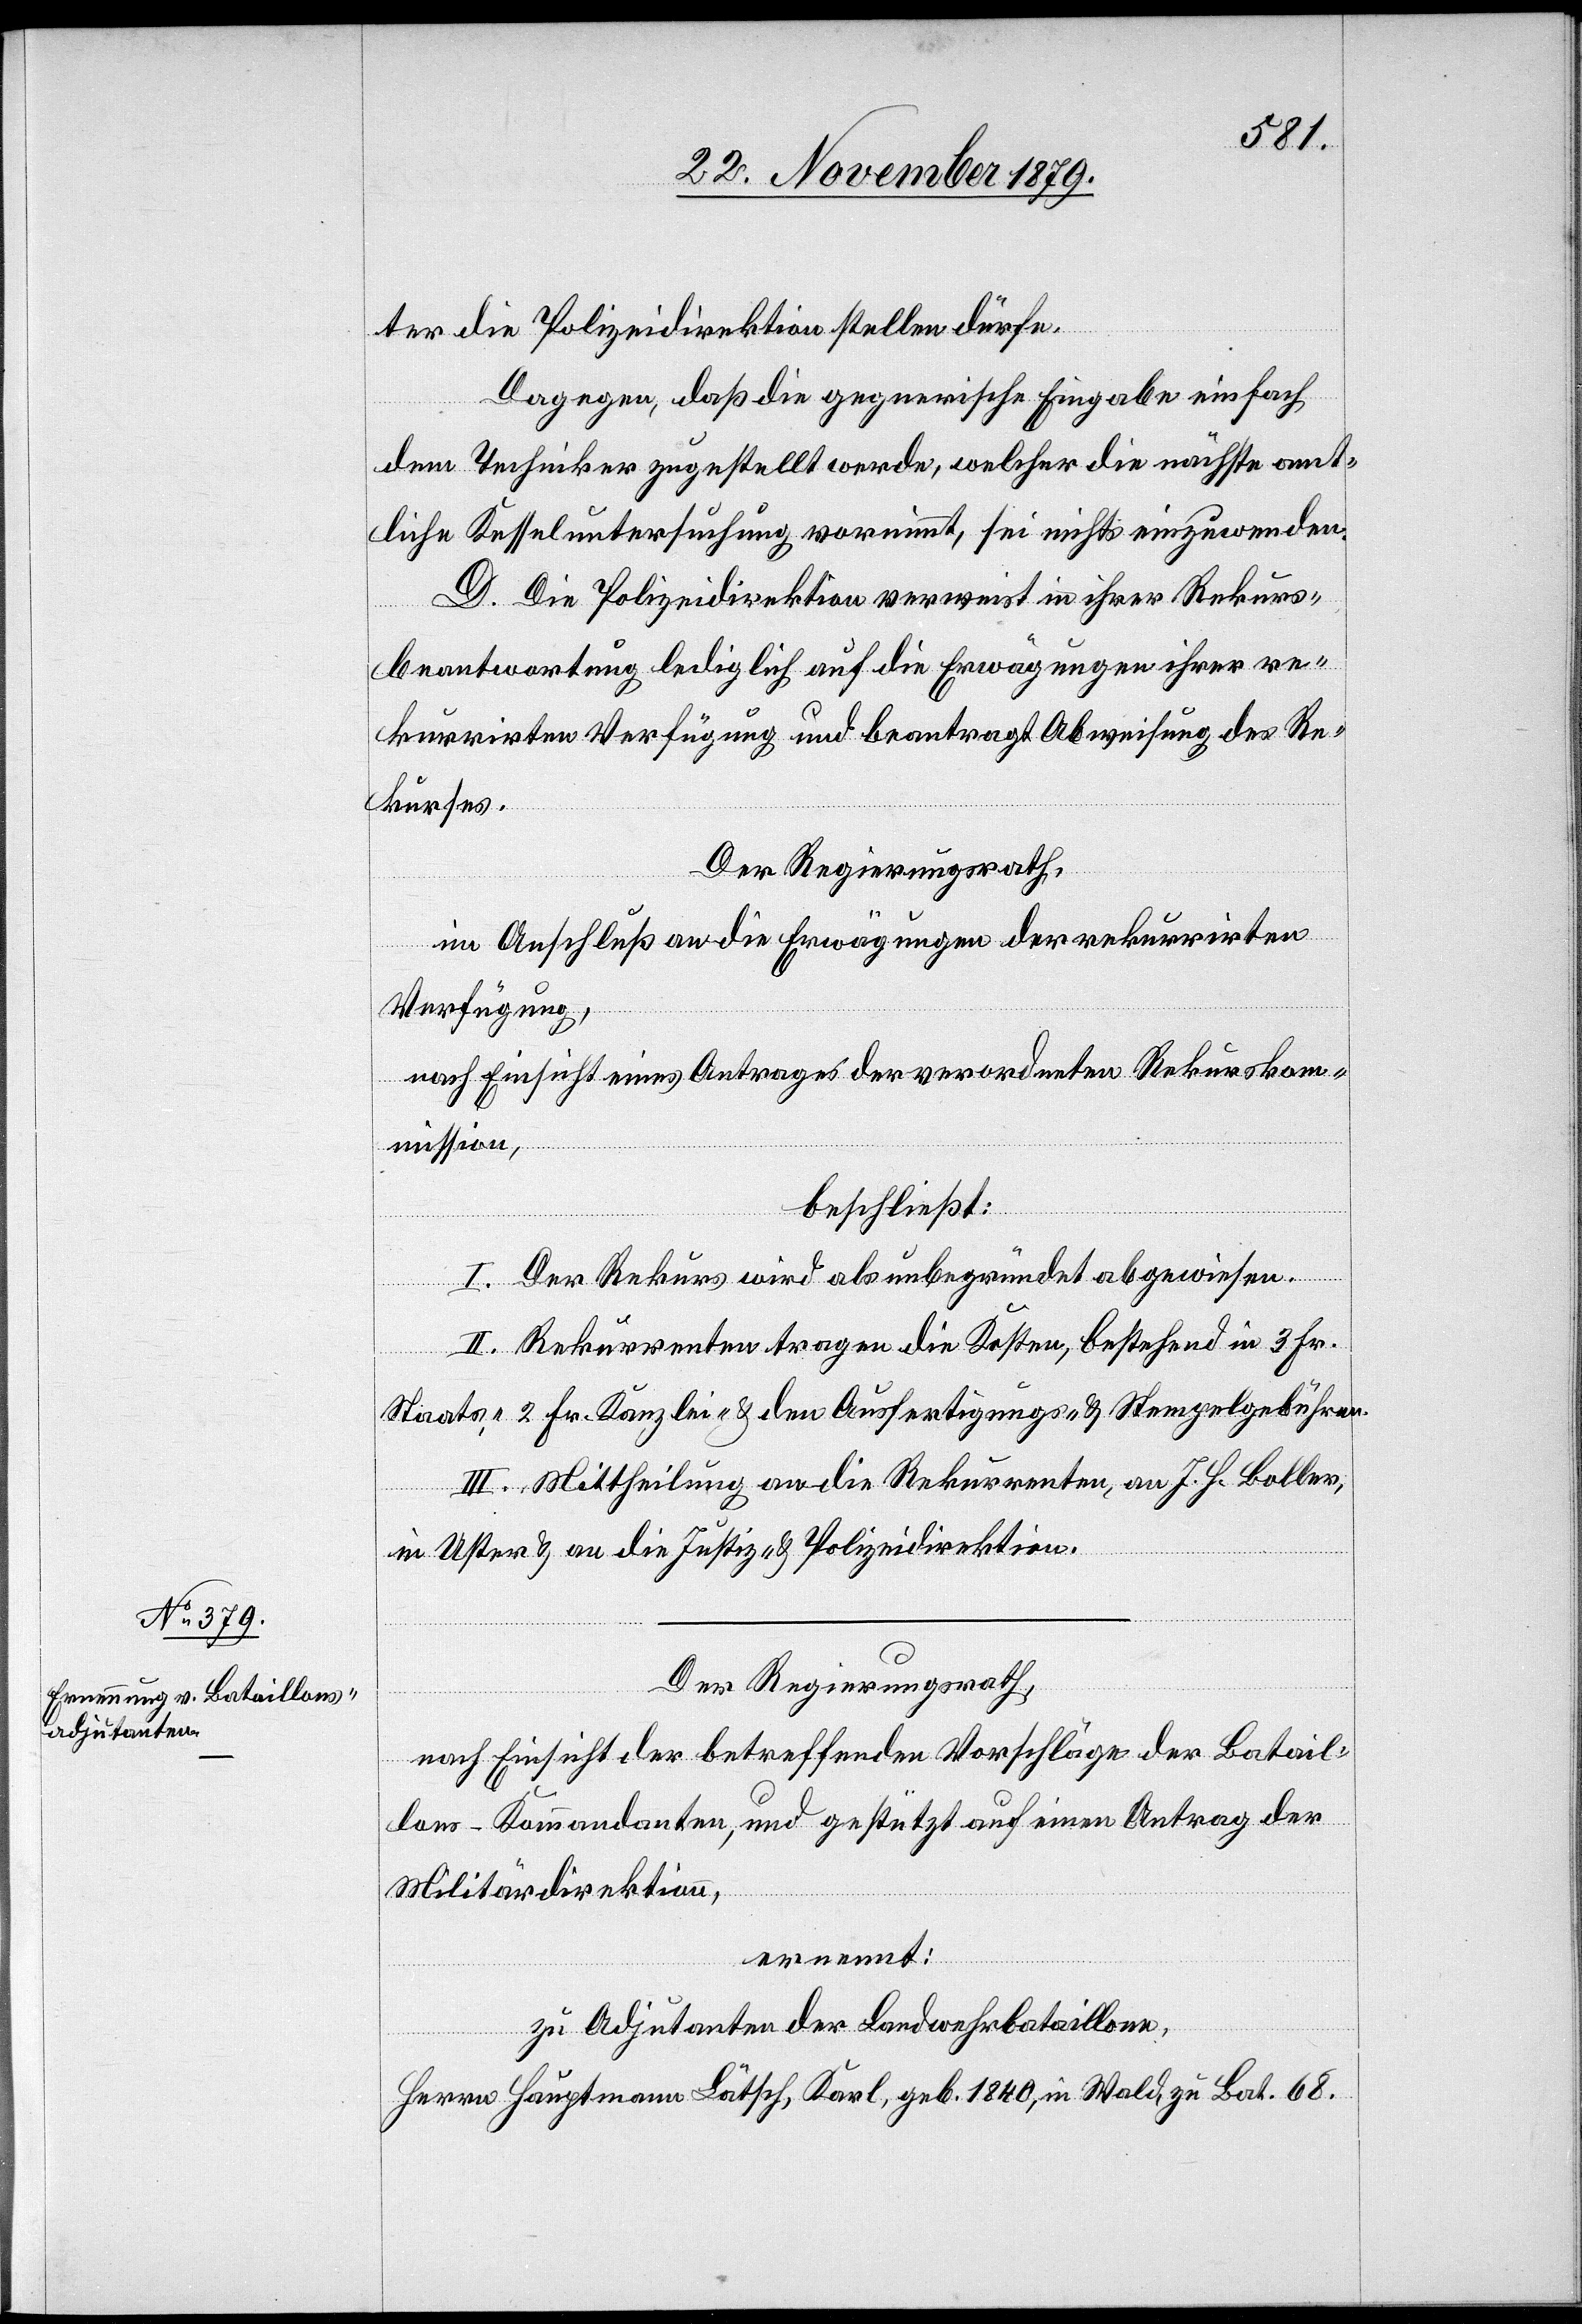
ter die Polizeidirektion stellen dürfe.
Dagegen, daß die gegnerische Eingabe einfach
dem Techniker zugestellt werde, welcher die nächste amt¬
liche Kesseluntersuchung vornimmt, sei nichts einzuwenden.
D. Die Polizeidirektion verweist in ihrer Rekurs¬
Bat
beantwortung lediglich auf die Erwägungen ihrer re¬
kurrirten Verfügung und beantragt Abweisung des Re¬
kurses.
Der Regierungsrath,
im Anschluß an die Erwägungen der rekurrirten
Verfügung,
nach Einsicht eines Antrages der verordneten Rekurskom¬
mission,
beschließt:
I. Der Rekurs wird als unbegründet abgewiesen.
II. Rekurrenten tragen die Kosten, bestehend in 3 Fr.
Staats-, 2 Fr. Kanzlei- & den Ausfertigungs- & Stempelgebühren.
III. Mittheilung an die Rekurrenten, an J. H. Boller,
in Uster & an die Justiz- & Polizeidirektion.
Der Regierungsrath,
nach Einsicht der betreffenden Vorschläge der Batail¬
lons-Kommandanten, und gestützt auf einen Antrag der
Militärdirektion,
ernennt:
zu Adjutanten der Landwehrbataillone,